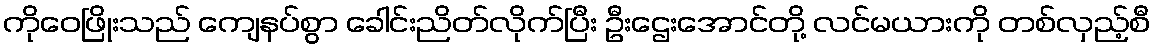
ကိုဝေဖြိုးသည် ကျေနပ်စွာ ခေါင်းညိတ်လိုက်ပြီး ဦးဌေးအောင်တို့ လင်မယားကို တစ်လှည့်စီ